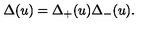
\Delta ( u ) = \Delta _ { + } ( u ) \Delta _ { - } ( u ) .